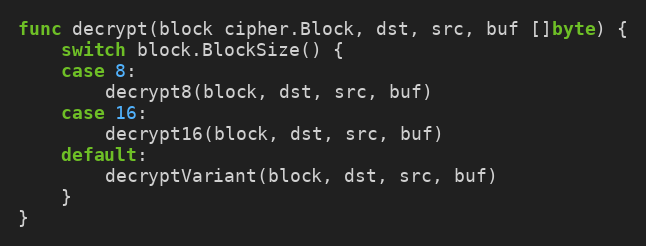
Language: Go
func decrypt(block cipher.Block, dst, src, buf []byte) {
	switch block.BlockSize() {
	case 8:
		decrypt8(block, dst, src, buf)
	case 16:
		decrypt16(block, dst, src, buf)
	default:
		decryptVariant(block, dst, src, buf)
	}
}